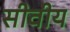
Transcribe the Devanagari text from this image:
सीवीय